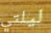
ليلتي